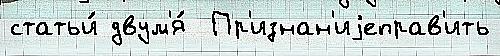
статьи́ двум'я́  Пр'изнан'иjеправ'ить